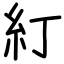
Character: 糽